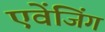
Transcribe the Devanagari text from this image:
एवेंजिंग